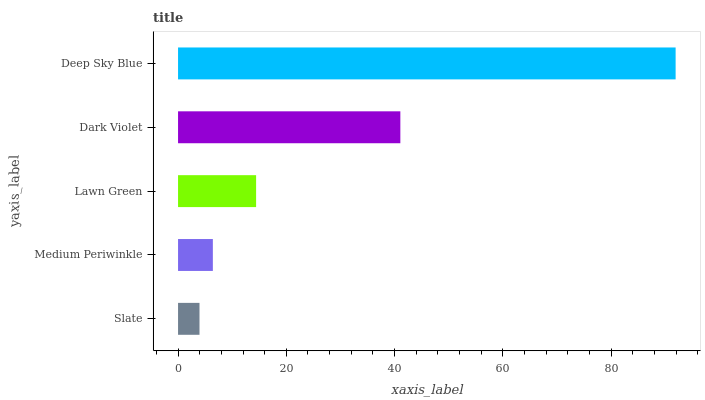
| yaxis_label | bars |
 | --- | --- |
 | Slate | 3.96 |
 | Medium Periwinkle | 6.43 |
 | Lawn Green | 14.4 |
 | Dark Violet | 41.1 |
 | Deep Sky Blue | 91.9 |